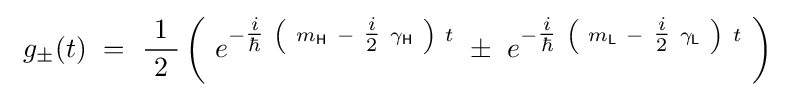
\ g_{\pm }(t)\ =\ {\frac {\ 1\ }{2}}\left(\ e^{-{\tfrac {i}{\hbar }}\ \left(\ m_{\mathsf {H}}\ -\ {\tfrac {i}{2}}\ \gamma _{\mathsf {H}}\ \right)\ t}\ \pm \ e^{-{\tfrac {i}{\hbar }}\ \left(\ m_{\mathsf {L}}\ -\ {\tfrac {i}{2}}\ \gamma _{\mathsf {L}}\ \right)\ t}\ \right)\